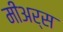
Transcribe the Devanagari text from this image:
मीअर्स